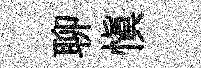
聊慎